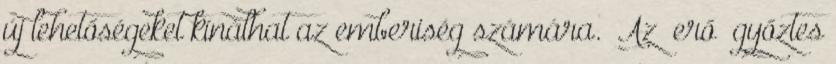
új lehetőségeket kínálhat az emberiség számára. „Az ’erő’ győztes